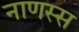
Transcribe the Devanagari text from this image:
नाणस्स